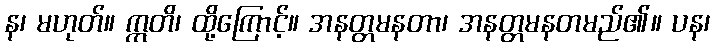
န၊ မဟုတ်။ ဣတိ၊ ထို့ကြောင့်။ အနတ္တမနတာ၊ အနတ္တမနတမည်၏။ ပန၊